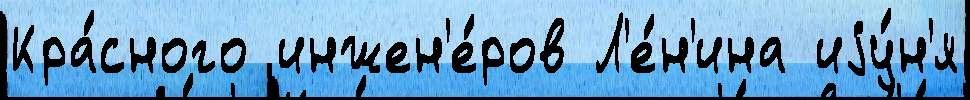
Кра́сного инжен'е́ров Л'е́н'ина иjу́н'я